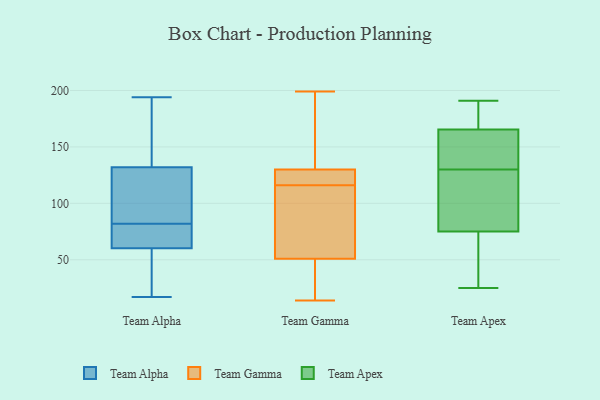
{"axis": {"x": "Budget (USD K)", "y": "Value"}, "legend": ["Team Alpha", "Team Apex", "Team Gamma"], "data": [{"x": "", "y": 100, "type": "Team Alpha"}, {"x": "", "y": 61, "type": "Team Alpha"}, {"x": "", "y": 36, "type": "Team Alpha"}, {"x": "", "y": 79, "type": "Team Alpha"}, {"x": "", "y": 78, "type": "Team Alpha"}, {"x": "", "y": 17, "type": "Team Alpha"}, {"x": "", "y": 194, "type": "Team Alpha"}, {"x": "", "y": 165, "type": "Team Alpha"}, {"x": "", "y": 58, "type": "Team Alpha"}, {"x": "", "y": 121, "type": "Team Alpha"}, {"x": "", "y": 82, "type": "Team Alpha"}, {"x": "", "y": 176, "type": "Team Alpha"}, {"x": "", "y": 110, "type": "Team Alpha"}, {"x": "", "y": 199, "type": "Team Gamma"}, {"x": "", "y": 116, "type": "Team Gamma"}, {"x": "", "y": 128, "type": "Team Gamma"}, {"x": "", "y": 101, "type": "Team Gamma"}, {"x": "", "y": 14, "type": "Team Gamma"}, {"x": "", "y": 126, "type": "Team Gamma"}, {"x": "", "y": 82, "type": "Team Gamma"}, {"x": "", "y": 133, "type": "Team Gamma"}, {"x": "", "y": 48, "type": "Team Gamma"}, {"x": "", "y": 137, "type": "Team Gamma"}, {"x": "", "y": 52, "type": "Team Gamma"}, {"x": "", "y": 20, "type": "Team Gamma"}, {"x": "", "y": 129, "type": "Team Gamma"}, {"x": "", "y": 130, "type": "Team Apex"}, {"x": "", "y": 44, "type": "Team Apex"}, {"x": "", "y": 130, "type": "Team Apex"}, {"x": "", "y": 103, "type": "Team Apex"}, {"x": "", "y": 186, "type": "Team Apex"}, {"x": "", "y": 166, "type": "Team Apex"}, {"x": "", "y": 123, "type": "Team Apex"}, {"x": "", "y": 156, "type": "Team Apex"}, {"x": "", "y": 149, "type": "Team Apex"}, {"x": "", "y": 190, "type": "Team Apex"}, {"x": "", "y": 191, "type": "Team Apex"}, {"x": "", "y": 72, "type": "Team Apex"}, {"x": "", "y": 35, "type": "Team Apex"}, {"x": "", "y": 171, "type": "Team Apex"}, {"x": "", "y": 25, "type": "Team Apex"}, {"x": "", "y": 84, "type": "Team Apex"}, {"x": "", "y": 63, "type": "Team Apex"}, {"x": "", "y": 110, "type": "Team Apex"}, {"x": "", "y": 164, "type": "Team Apex"}]}